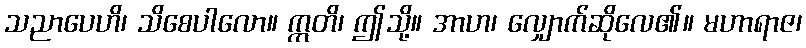
သညာပေဟိ၊ သိစေပါလော။ ဣတိ၊ ဤသို့။ အာဟ၊ လျှောက်ဆိုလေ၏။ မဟာရာဇ၊